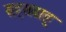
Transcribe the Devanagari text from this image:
सहसबाहु